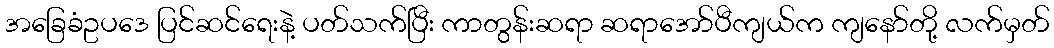
အခြေခံဥပဒေ ပြင်ဆင်ရေးနဲ့ ပတ်သက်ပြီး ကာတွန်းဆရာ ဆရာအော်ပီကျယ်က ကျနော်တို့ လက်မှတ်